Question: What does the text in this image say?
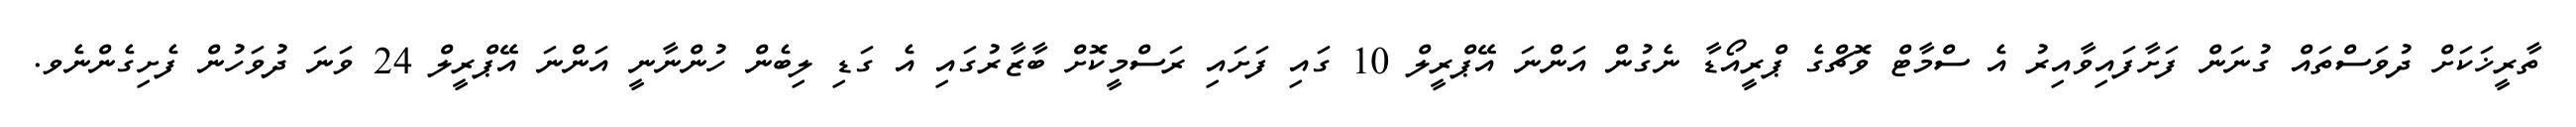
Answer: ތާރީޚަކަށް ދުވަސްތައް ގުނަން ފަށާފައިވާއިރު އެ ސްމާޓް ވޮޗްގެ ޕްރީއޯޑާ ނެގުން އަންނަ އޭޕްރީލް 10 ގައި ފަށައި ރަސްމީކޮށް ބާޒާރުގައި އެ ގަޑި ލިބެން ހުންނާނީ އަންނަ އޭޕްރީލް 24 ވަނަ ދުވަހުން ފެށިގެންނެވ.